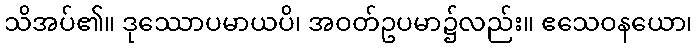
သိအပ်၏။ ဒုဿောပမာယပိ၊ အဝတ်ဥပမာ၌လည်း။ ဧသေဝနယော၊